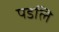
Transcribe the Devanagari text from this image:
पडलि